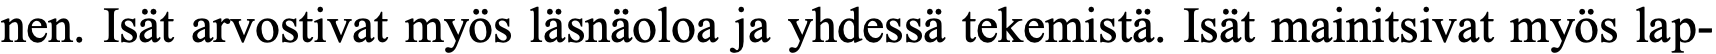
nen. Isät arvostivat myös läsnäoloa ja yhdessä tekemistä. Isät mainitsivat myös lap-